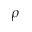
\rho